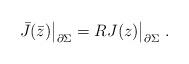
LaTeX: \begin{align*} \bar J(\bar z)\bigr|_{\partial\Sigma} = R J(z)\bigr|_{\partial\Sigma}~.\end{align*}